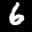
Label: 6